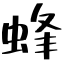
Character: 蜂